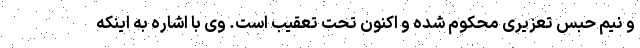
و نیم حبس تعزیری محکوم شده و اکنون تحت تعقیب است. وی با اشاره به اینکه